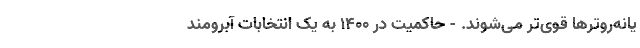
یانه‌‌روترها قوی‌تر می‌شوند. - حاکمیت در ۱۴۰۰ به یک انتخابات آبرومند